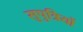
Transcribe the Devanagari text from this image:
सुपुत्रियों